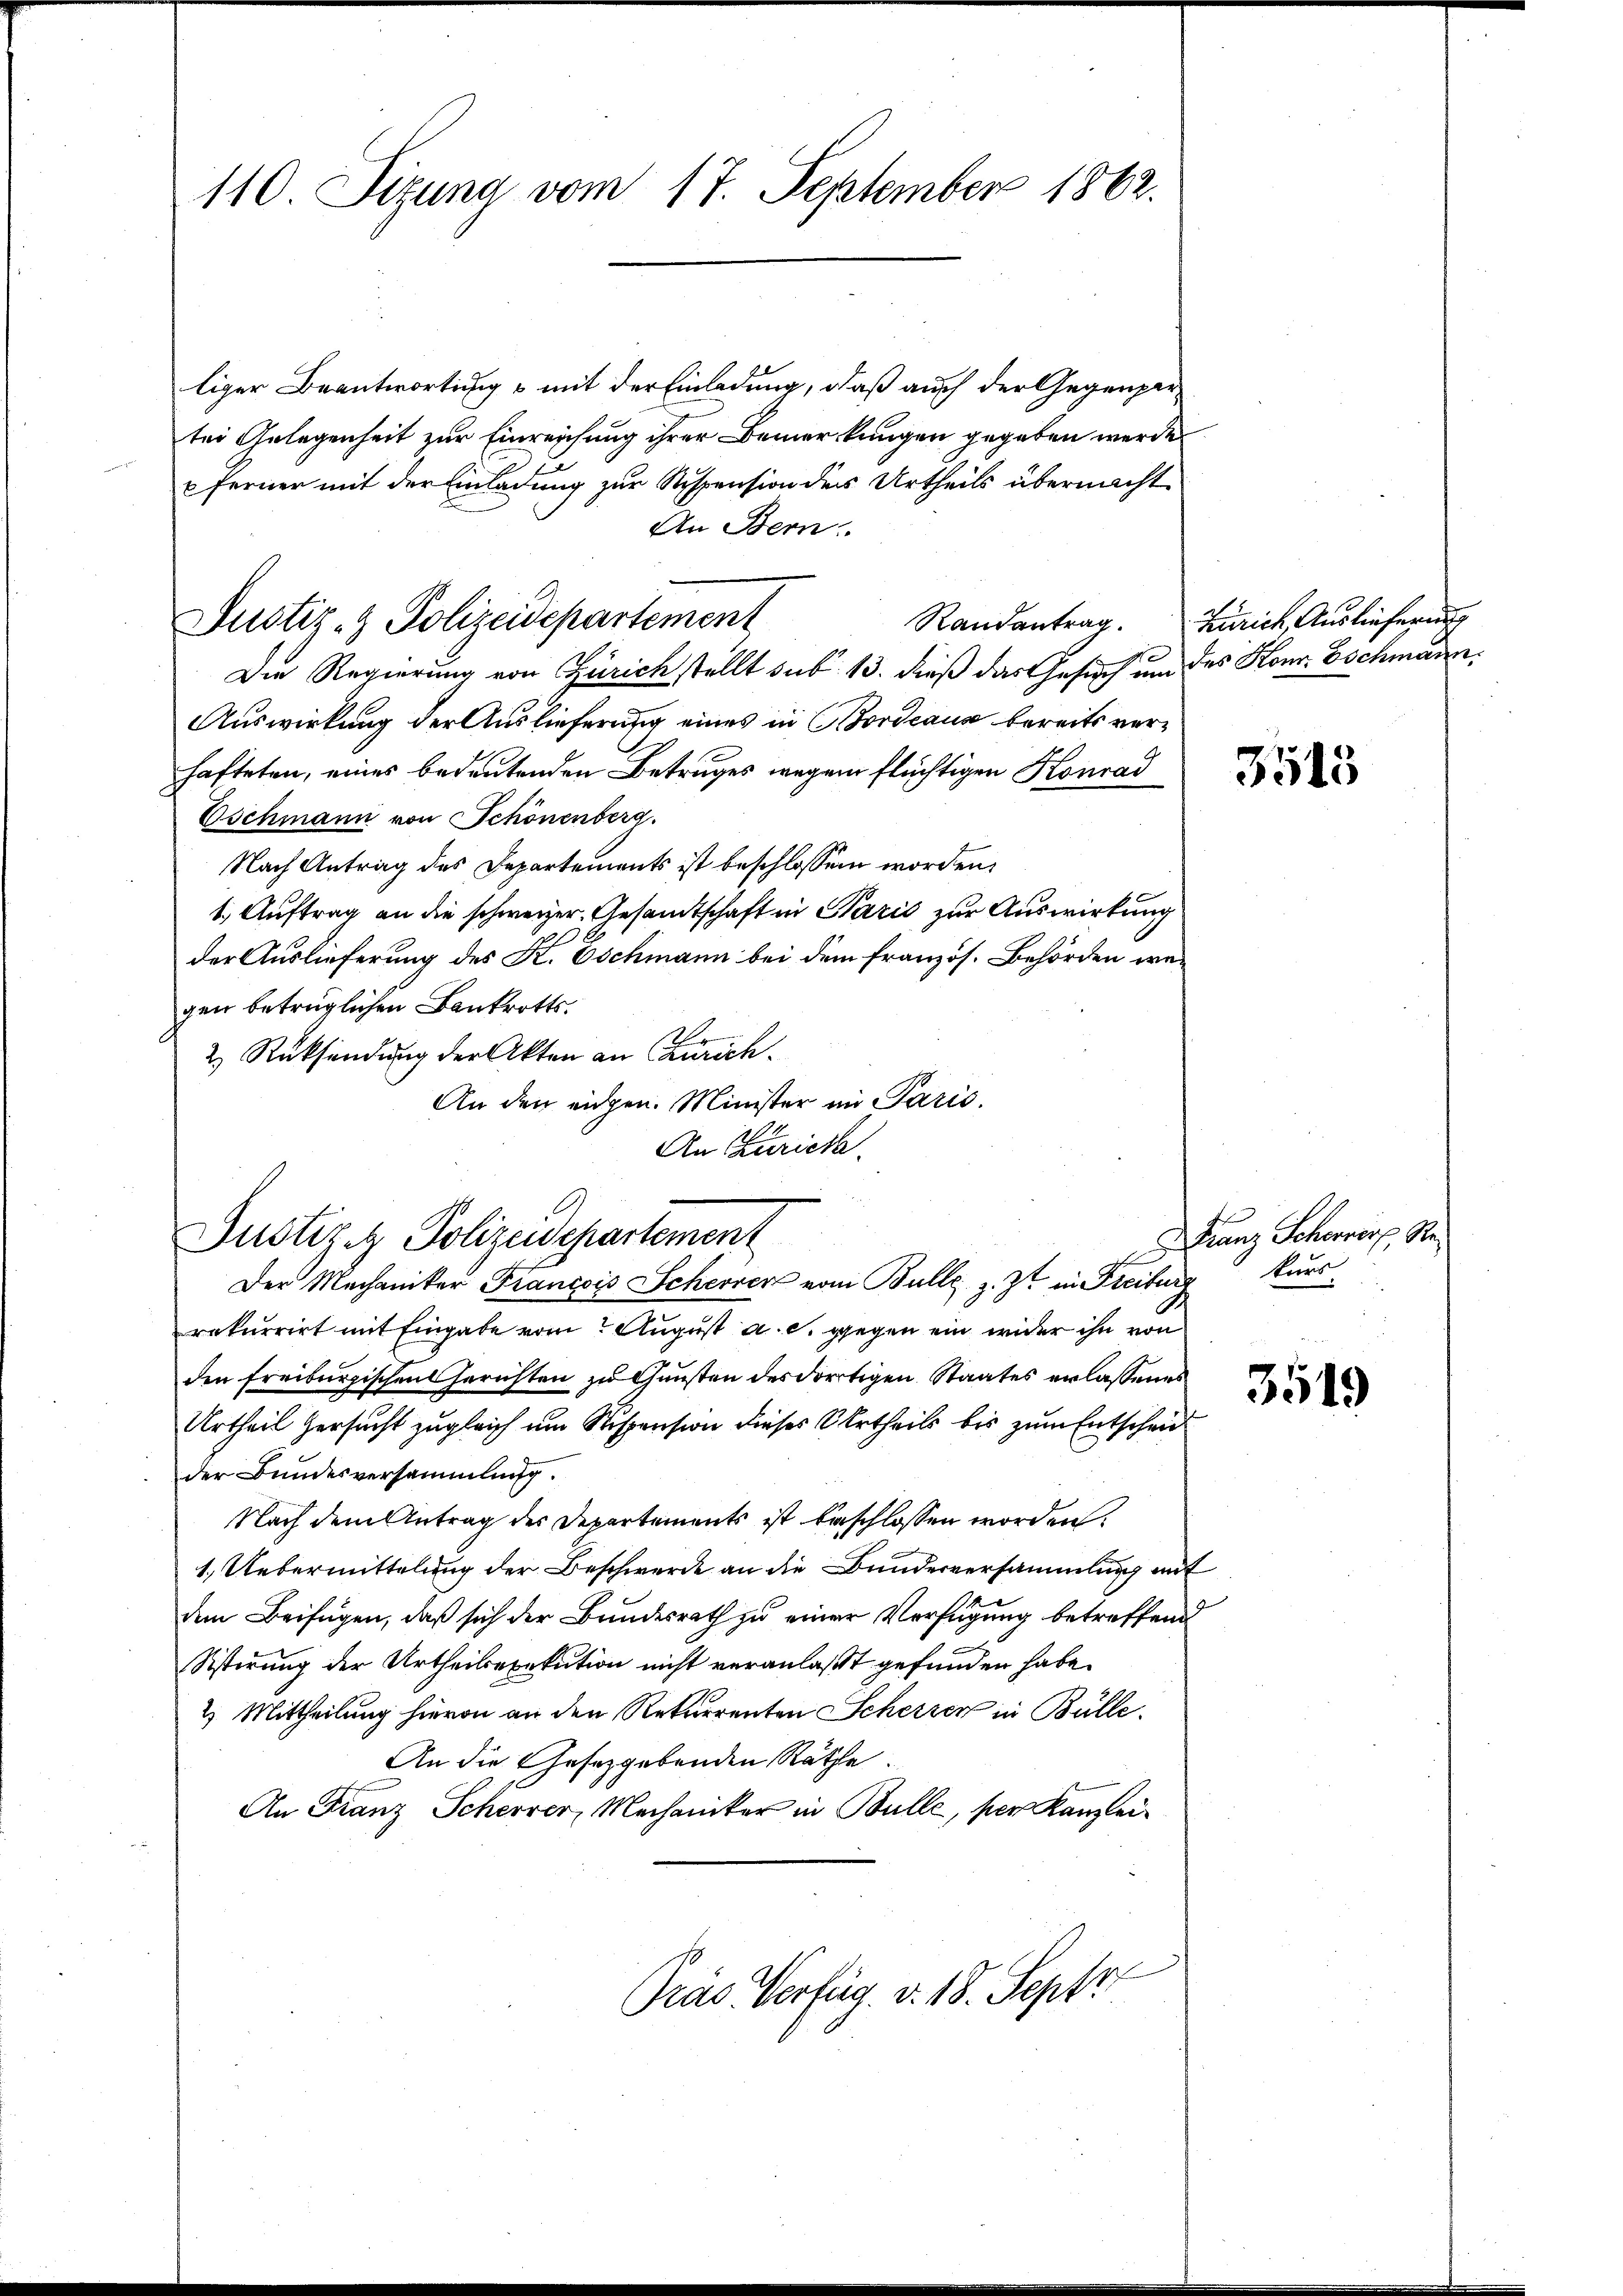
110. Sizung vom 17. September 1862.

liger Beantwortung & mit der Einladung, daß auch der Gegenpartei Gelegenheit zur Einreichung ihrer Bemerkungen gegeben werde.
u ferner mit der Einladung zur Sispension der Urtheils übernachte
An Bern.
Die Regierung von Zürich stellt sub. 13. dieß das Gesuch und des Konr. Eschmann.
Auswirkung der Auslieferung eines in Bordeaus bereits verhafteten, eines bedeutenden Betruges wegen flüchtigen Konrad
Wschmann von Schönenberg.
Nach Antrag des Departements ist beschlossen worden,
1. Auftrag an die schweizer, Gesandtschaft in Pazić zur Auswirkung
der Auslieferung des K. Eschmann bei dem französ. Behörden wegen betrüglichen Bankrotts¬
2.) Rücksendung der Akten an Zürich¬
An den eidgen. Minister in Paris.
An Zürich.

Justiz- & Polizeidepartement

Justizenz Polizeidepartement
Der Mechaniker Francois Scherrer vom Bulle z. Zt. in Freiburg kurs

Randantrag. Zürich, Auslieferung

rekurrirt mit Eingabe vom August a. c. gegen ein wider ihn von
den freiburgischen Gerichten zu Gunsten des dortigen Staates erlassenes
Urtheil ersucht zugleich um Stispension dieses Urtheils bis zum Entscheid
der Bundesversammlung.
Nach dem Antrag der Departements ist beschlossen worden.
1. Uebermittelung der Beschwerde an die Bunderversammlung mit
dem Beifügen, daß sich der Bundesrath zu einer Verfügung betreffend
Sistirung der Urtheilsexekution nicht veranlaßt gefunden habe.
2) Mittheilung hievon an den Rekurrenten Scherzen in Bülle
An die Gesetzgebenden Räthe.
An Franz Schever, Mechaniker in Bulle, per Kanzlei¬
B
Pras Verfüg. v. 18. Sept

3515

Franz Schorrorf, Re¬

3519